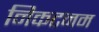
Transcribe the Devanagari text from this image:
निकटनम